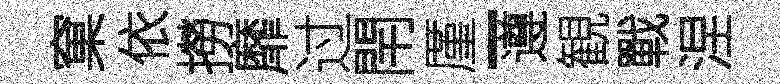
窠依撈靡过閈厪-遵観戰涅